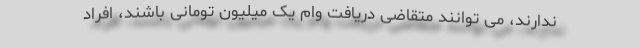
ندارند، می توانند متقاضی دریافت وام یک میلیون تومانی باشند، افراد